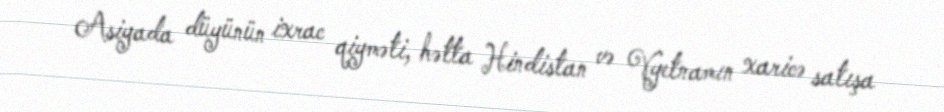
Asiyada düyünün ixrac qiyməti, hətta Hindistan və Vyetnamın xaricə satışa